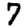
Digit: 7